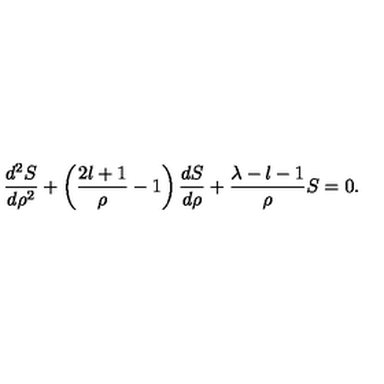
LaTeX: \frac { d ^ { 2 } S } { d \rho ^ { 2 } } + \left( \frac { 2 l + 1 } { \rho } - 1 \right) \frac { d S } { d \rho } + \frac { \lambda - l - 1 } { \rho } S = 0 .